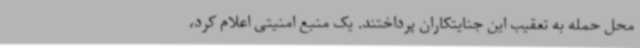
محل حمله به تعقیب این جنایتکاران پرداختند. یک منبع امنیتی اعلام کرد،‌